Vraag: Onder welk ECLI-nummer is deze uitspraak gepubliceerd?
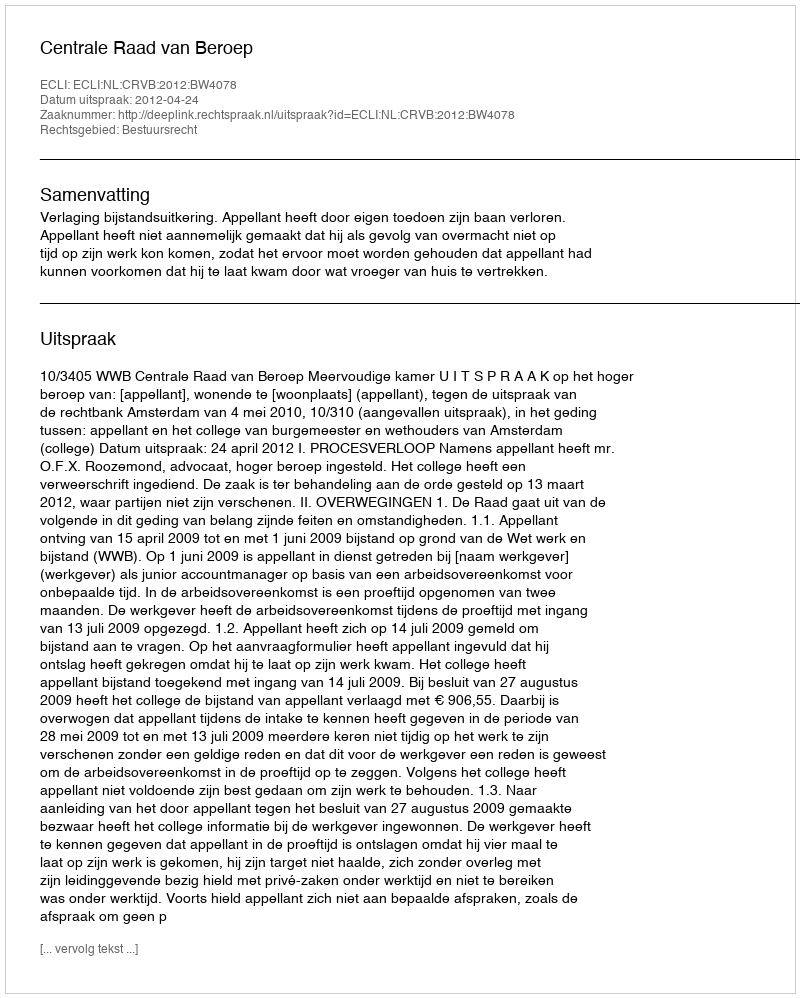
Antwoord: ECLI:NL:CRVB:2012:BW4078